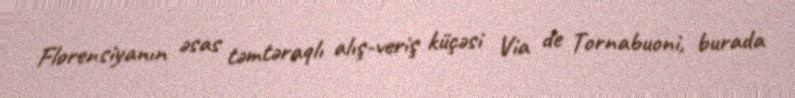
Florensiyanın əsas təmtəraqlı alış-veriş küçəsi Via de Tornabuoni, burada